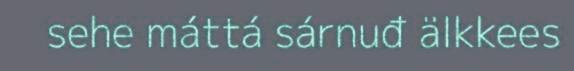
sehe máttá sárnuđ älkkees